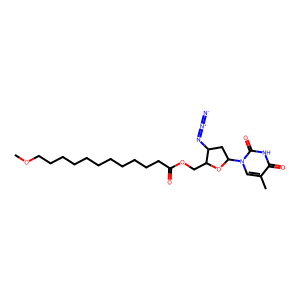
SMILES: COCCCCCCCCCCCC(=O)OCC1OC(n2cc(C)c(=O)[nH]c2=O)CC1N=[N+]=[N-]
Inhibits HIV replication: Yes